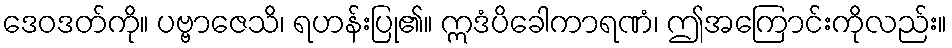
ဒေဝဒတ်ကို။ ပဗ္ဗာဇေသိ၊ ရဟန်းပြု၏။ ဣဒံပိခေါကာရဏံ၊ ဤအကြောင်းကိုလည်း။